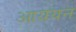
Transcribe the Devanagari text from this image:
आययन